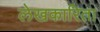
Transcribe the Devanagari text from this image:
लेखकारिता